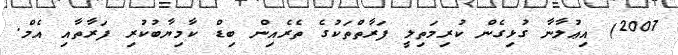
2007) އިޢުލާނާ ގުޅިގެން ކުރިމަތިލީ ފަރާތްތަކުގެ ތެރެއިން ބިޑް ކާމިޔާބުކުރި ފަރާތާއި އެމް.